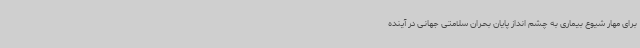
برای مهار شیوع بیماری به چشم انداز پایان بحران سلامتی جهانی در آینده